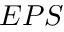
E P S